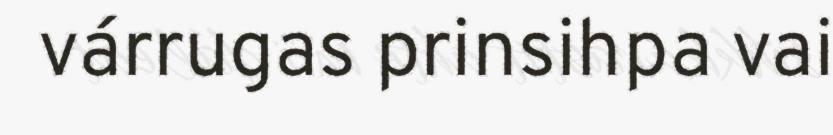
várrugas prinsihpa vai